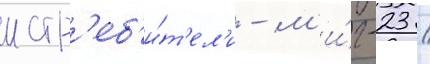
истр'еб'и́т'ел'и - м'и́г-23 /